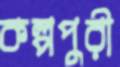
কল্পপুরী